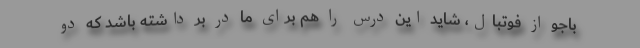
باجو از فوتبال، شاید این درس را هم برای ما در بر داشته باشد که دو